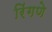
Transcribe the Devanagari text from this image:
रिंगणे